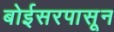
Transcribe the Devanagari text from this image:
बोईसरपासून